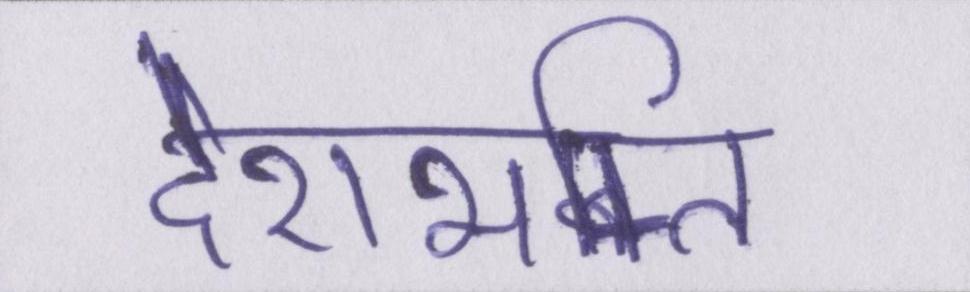
देशभक्ति